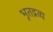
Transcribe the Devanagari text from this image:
भूतद्रव्य